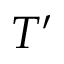
T ^ { \prime }